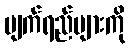
မျက်ရည်များကို